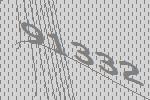
91332